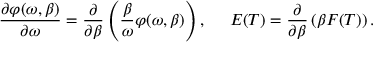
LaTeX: \frac { \partial \varphi ( \omega , \beta ) } { \partial \omega } = \frac { \partial } { \partial \beta } \left( \frac { \beta } { \omega } \varphi ( \omega , \beta ) \right) , ~ ~ ~ ~ E ( T ) = \frac { \partial } { \partial \beta } \left( \beta F ( T ) \right) .